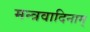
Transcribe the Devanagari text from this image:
मन्त्रवादिनाम्